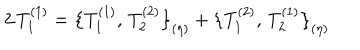
2 \, T _ { 1 } ^ { ( 1 ) } = \bigl \{ T _ { 1 } ^ { ( 1 ) } , \, T _ { 2 } ^ { ( 2 ) } \bigr \} _ { ( \eta ) } + \bigl \{ T _ { 1 } ^ { ( 2 ) } , \, T _ { 2 } ^ { ( 1 ) } \bigr \} _ { ( \eta ) }